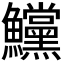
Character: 𩽳